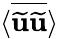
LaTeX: \langle{\overline{{\widetilde{\mathbf{u}}\widetilde{\mathbf{u}}}}}\rangle